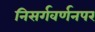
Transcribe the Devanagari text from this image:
निसर्गवर्णनपर